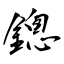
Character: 鏓